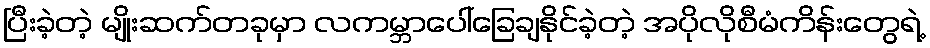
ပြီးခဲ့တဲ့ မျိုးဆက်တခုမှာ လကမ္ဘာပေါ်ခြေချနိုင်ခဲ့တဲ့ အပိုလိုစီမံကိန်းတွေရဲ့